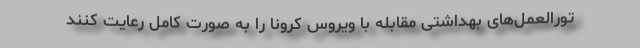
تورالعمل‌های بهداشتی مقابله با ویروس کرونا را به صورت کامل رعایت کنند